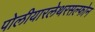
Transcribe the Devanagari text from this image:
पोलीयारलेथरसल्फोन